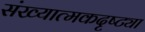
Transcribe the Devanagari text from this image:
संख्यात्मकदृष्ट्या